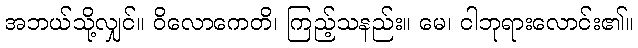
အဘယ်သို့လျှင်။ ဝိလောကေတိ၊ ကြည့်သနည်း။ မေ၊ ငါဘုရားလောင်း၏။